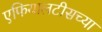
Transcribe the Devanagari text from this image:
एफियालटीसच्या